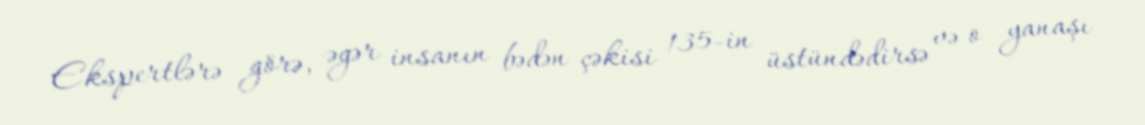
Ekspertlərə görə, əgər insanın bədən çəkisi 135-in üstündədirsə və o yanaşı